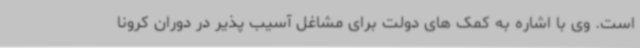
است. وی با اشاره به کمک های دولت برای مشاغل آسیب پذیر در دوران کرونا